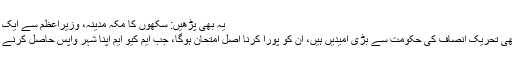
یہ بھی پڑھیں: سکھوں کا مکہ مدینہ، وزیراعظم سے ایک التجا - محمد عاصم حفیظ
کراچی کے باسیوں کو بھی تحریک انصاف کی حکومت سے بڑی امیدیں ہیں، انُ کو پورا کرنا اصل امتحان ہوگا، جب ایم کیو ایم اپنا شہر واپس حاصل کرنے کے لیے تیاری میں ہے۔